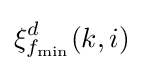
\xi _{f_{\min }}^{d}(k,i)\,\!